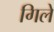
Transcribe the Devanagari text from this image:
गिले